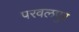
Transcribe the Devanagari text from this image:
परवलपुर